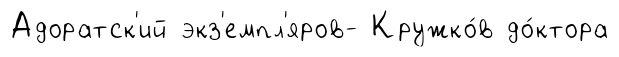
Адоратск'ий экз'емпл'яров- Кружко́в до́ктора